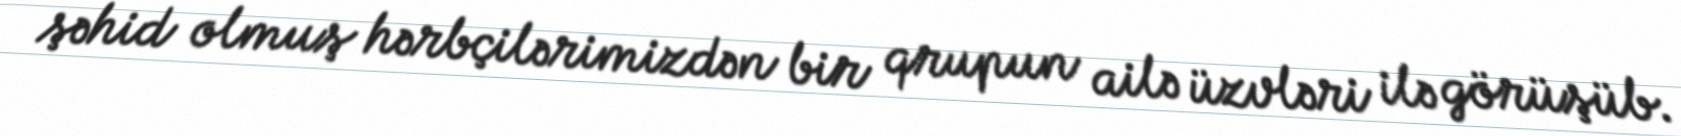
şəhid olmuş hərbçilərimizdən bir qrupun ailə üzvləri ilə görüşüb.